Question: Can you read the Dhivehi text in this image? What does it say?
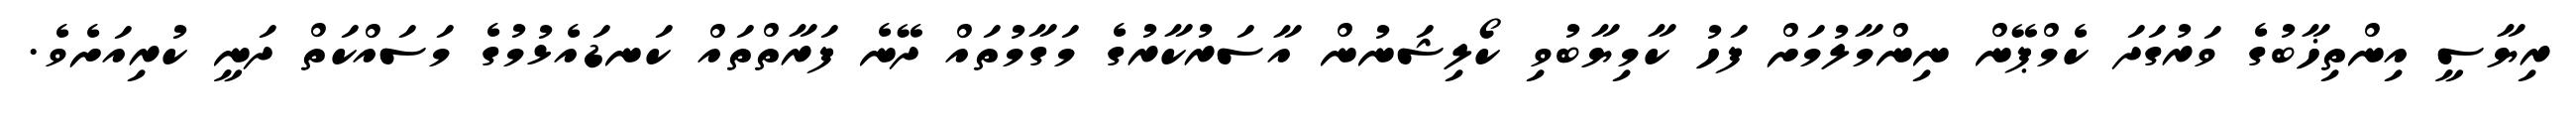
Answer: ރިޔާސީ އިންތިޚާބުގެ ވަރުގަދަ ކެމްޕޭން ނިންމާލުމަށް ފަހު ކާމިޔާބުވި ކޯލިޝަނުން އާސަރުކާރުގެ މަގާމުތައް ދޭނެ ފަރާތްތައް ކަނޑައެޅުމުގެ މަސައްކަތް ދަނީ ކުރިއަށެވެ.